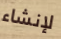
لإنشاء